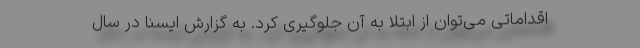
اقداماتی می‌توان از ابتلا به آن جلوگیری کرد. به گزارش ایسنا در سال